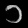
Digit: ၁